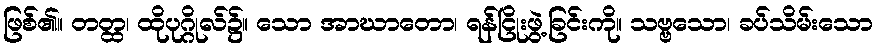
ဖြစ်၏။ တတ္ထ၊ ထိုပုဂ္ဂိုလ်၌။ သော အာဃာတော၊ ရန်ငြိုးဖွဲ့ခြင်းကို။ သဗ္ဗသော၊ ခပ်သိမ်းသော